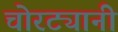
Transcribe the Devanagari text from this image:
चोरट्यानी